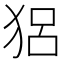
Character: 𤞪